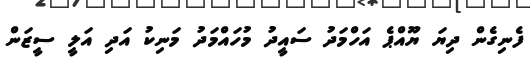
ފެނިގެން ދިޔަ ޔޫއްޕެ އަހްމަދު ސައީދު މުހައްމަދު މަނިކު އަދި އަލީ ސީޒަން